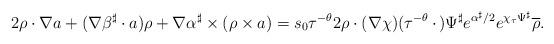
LaTeX: \begin{align*}2\rho\cdot \nabla a + (\nabla\beta^\sharp\cdot a) \rho + \nabla\alpha^\sharp \times (\rho \times a) = s_0 \tau^{-\theta} 2\rho\cdot(\nabla \chi)(\tau^{-\theta}\,\cdot\,) \Psi^\sharp e^{\alpha^\sharp / 2} e^{\chi_\tau \Psi^\sharp} \overline{\rho}.\end{align*}